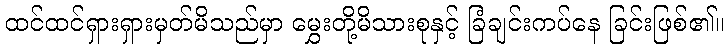
ထင်ထင်ရှားရှားမှတ်မိသည်မှာ မွှေးတို့မိသားစုနှင့် ခြံချင်းကပ်နေ ခြင်းဖြစ်၏။